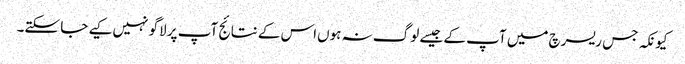
کیونکہ جس ریسرچ میں‌ آپ کے جیسے لوگ نہ ہوں‌اس کے نتائج آپ پر لاگو نہیں‌کیے جا سکتے۔